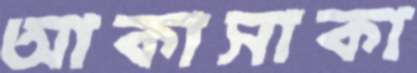
আকাসাকা